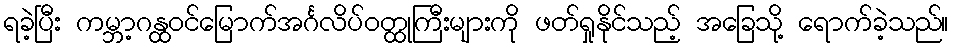
ရခဲ့ပြီး ကမ္ဘာ့ဂန္ထဝင်မြောက်အင်္ဂလိပ်ဝတ္ထုကြီးများကို ဖတ်ရှုနိုင်သည့် အခြေသို့ ရောက်ခဲ့သည်။